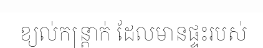
ខ្យល់កន្ត្រាក់ ដែលមានផ្ទះរបស់